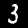
Label: 3